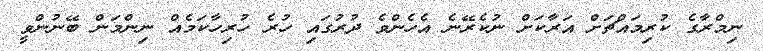
ނިމްރާގެ ކުރިމައްޗަށް އަރާކަށް ނުކެރޭނެ އެހެންވެ ދުރުގައި ހުރެ ހުރިހާކަމެއް ނިންމަން ބޭނުންވީ